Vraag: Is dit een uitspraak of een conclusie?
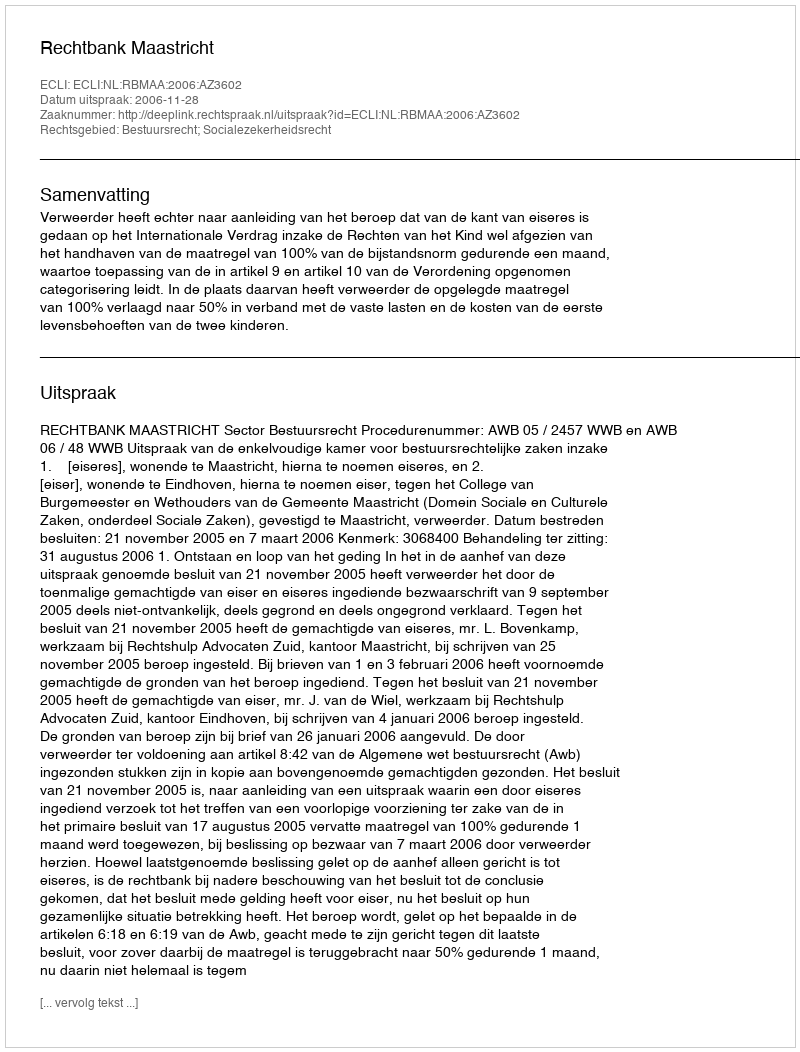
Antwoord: Uitspraak